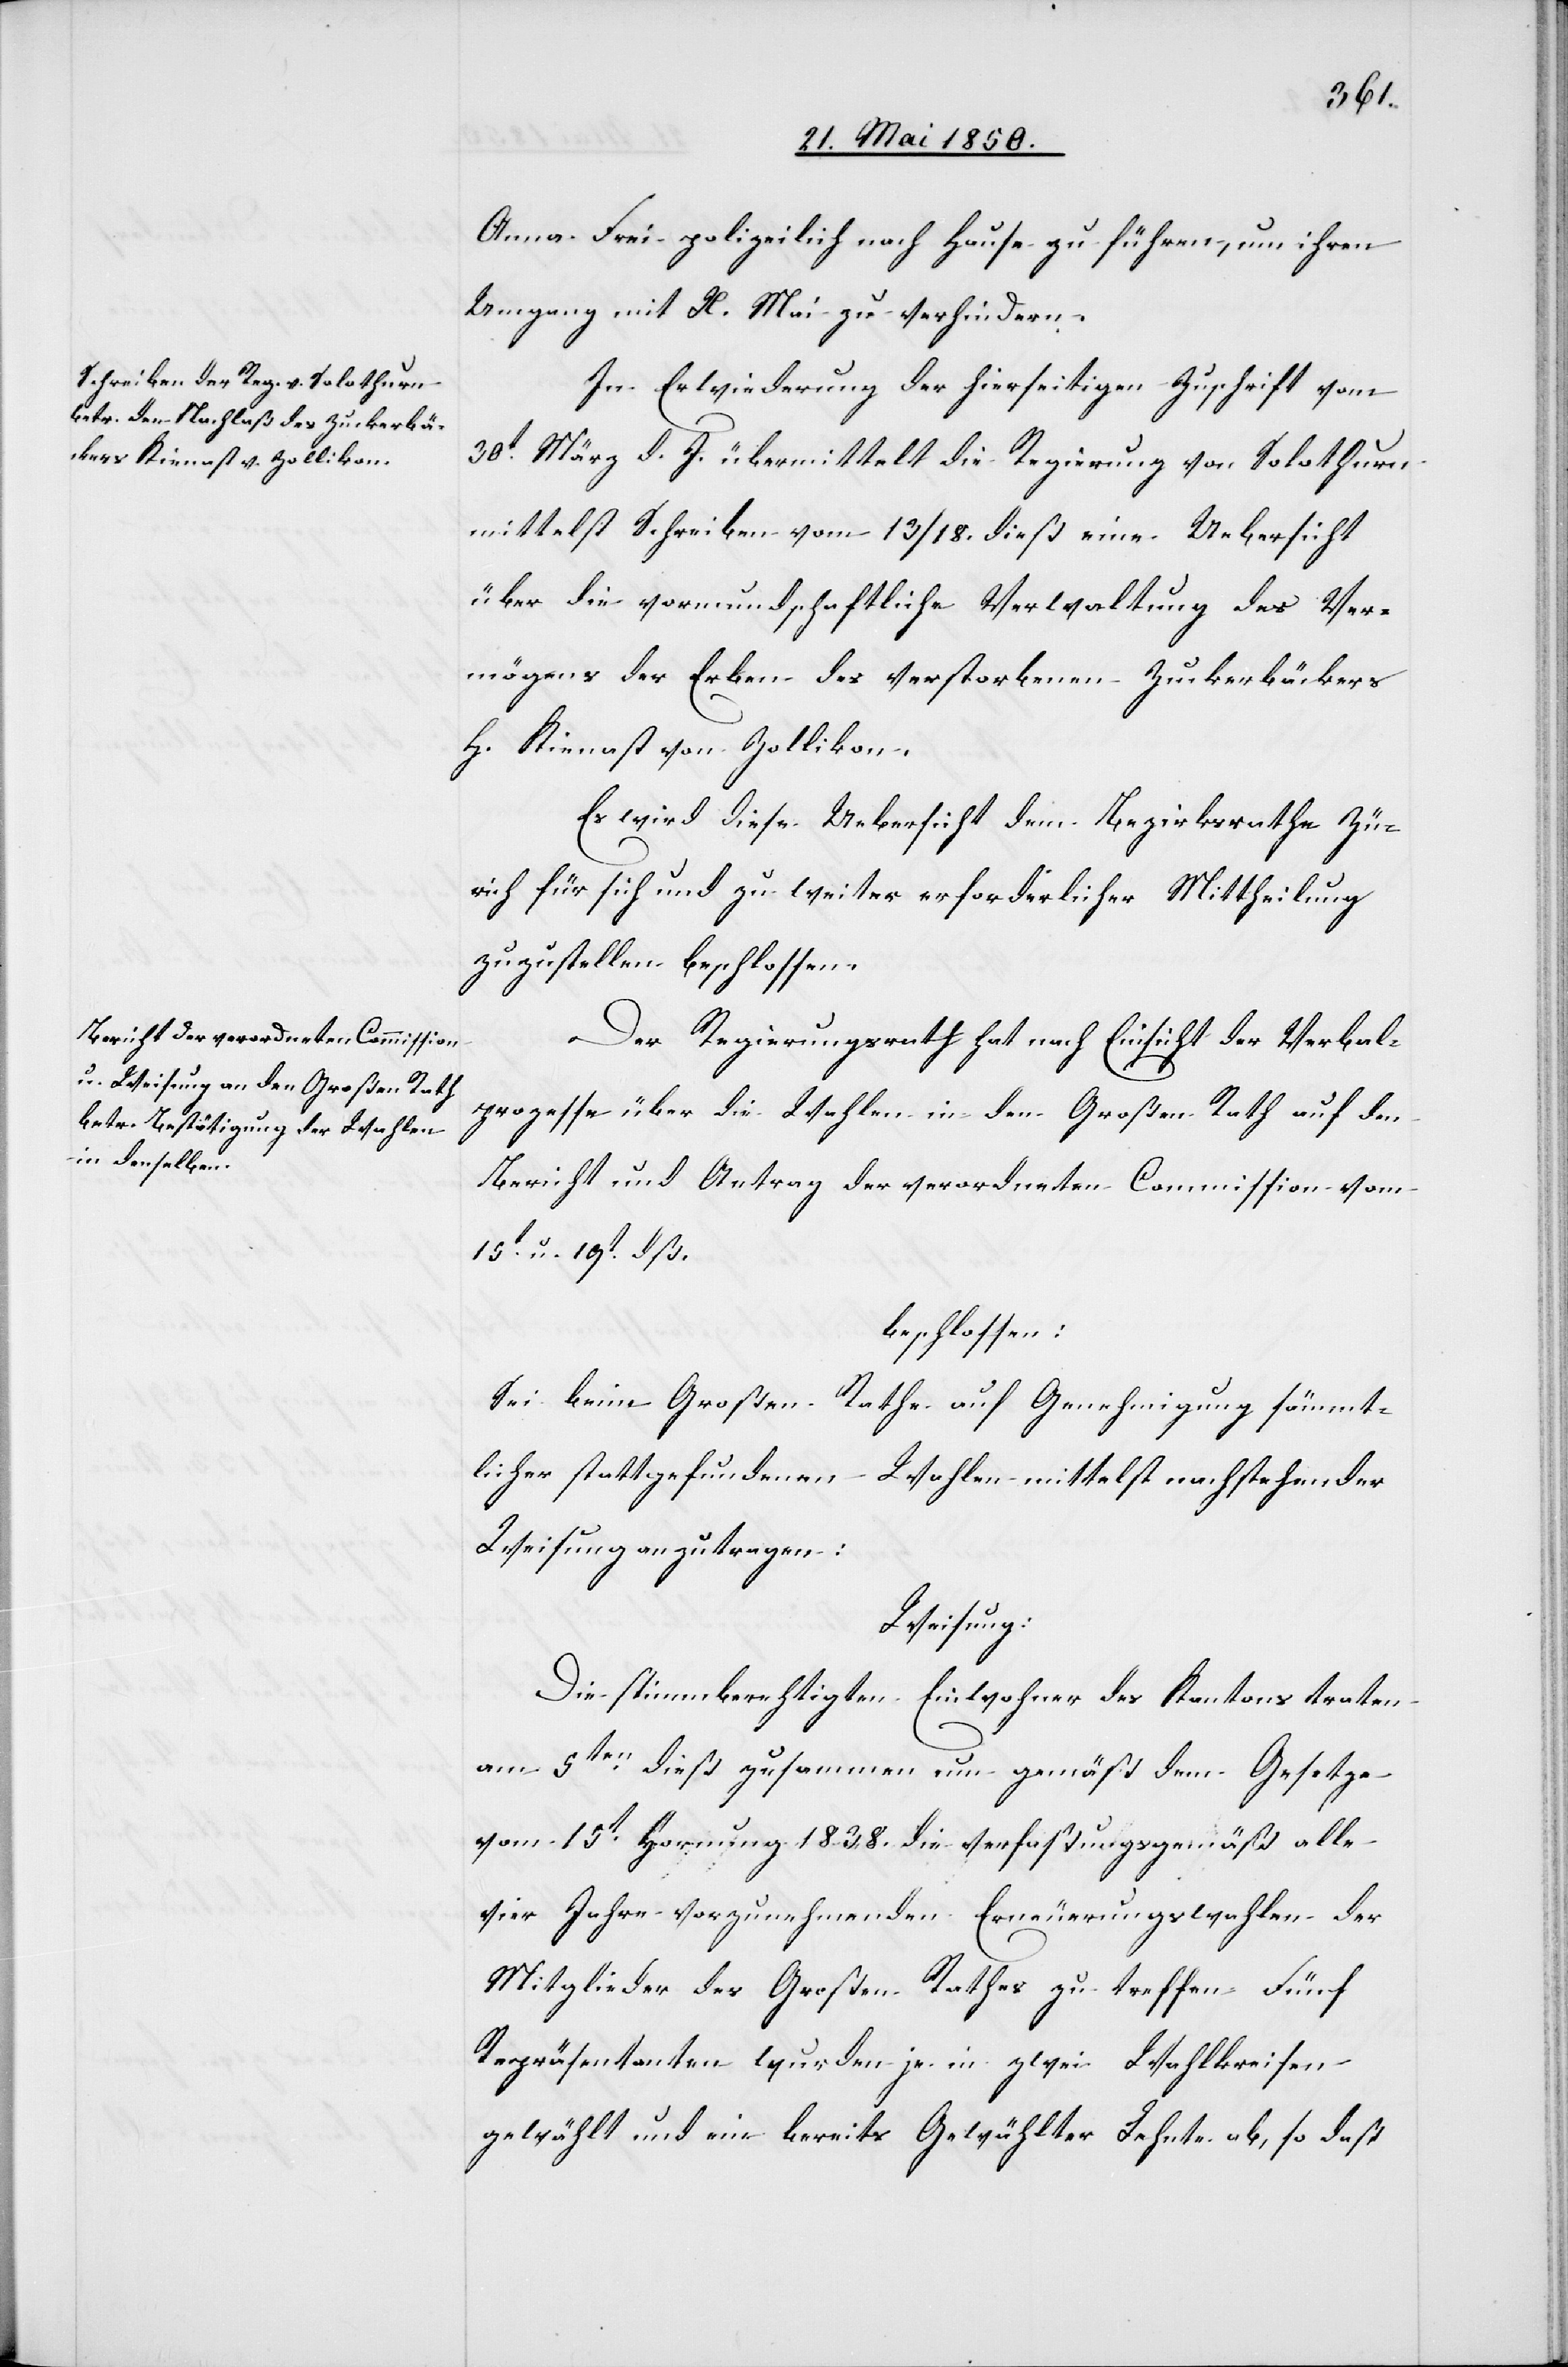
Anna Frei polizeilich nach Hause zu führen, um ihren
Umgang mit X. Mai zu verhindern.
In Erwiederung der hierseitigen Zuschrift vom
30t März d. J. übermittelt die Regierung von Solothurn
mittelst Schreiben vom 13/18. dieß eine Uebersicht
über die vormundschaftliche Verwaltung des Ver¬
mögens der Erben des verstorbenen Zuckerbäckers
H. Kienast von Zollikon.
Es wird diese Uebersicht dem Bezirksrathe Zü¬
rich für sich und zu weiter erforderlicher Mittheilung
zuzustellen beschlossen.
Der Regierungsrath hat nach Einsicht der Verbal¬
prozesse über die Wahlen in den Großen Rath auf den
Bericht und Antrag der verordneten Commission vom
15t u. 19t dß.
beschlossen:
Sei beim Großen Rathe auf Genehmigung sämmt¬
licher stattgefundenen Wahlen mittelst nachstehender
Weisung anzutragen:
Weisung:
Die stimmberechtigten Einwohner des Kantons traten
am 5ten dieß zusammen um gemäß dem Gesetze
vom 15t Hornung 1838. die verfaßungsgemäß alle
vier Jahre vorzunehmenden Erneuerungswahlen der
Mitglieder des Großen Rathes zu treffen. Fünf
Repräsentanten wurden je in zwei Wahlkreisen
gewählt und ein bereits Gewählter Lehnte ab, so daß